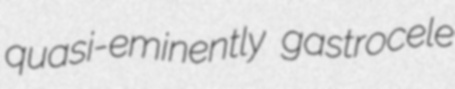
quasi-eminently gastrocele